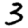
Digit: 3